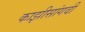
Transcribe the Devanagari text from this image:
काझीसांगवी